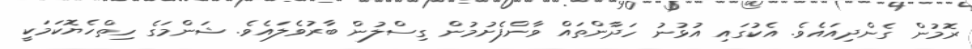
ރޮމުން ގެންދިއައެވެ. އެކުގައި އުޅުނު ހަދާންތައް ވާންފެށުމުން ގިސްލުން ބާރުވެލައެވެ. ޝަންމަގެ ހިތްހެޔޮކަމަކީ